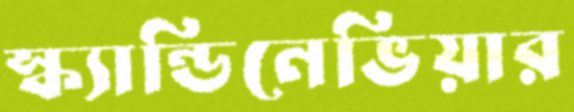
স্ক্যান্ডিনেভিয়ার